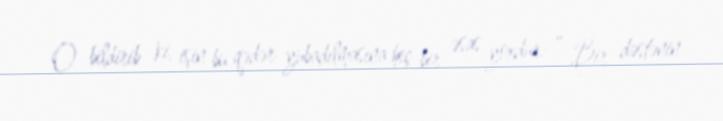
O bildirib ki, işin bu qədər yubadılmasına heç bir əsas yoxdur: “ Bir dəstənin